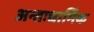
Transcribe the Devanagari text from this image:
अन्तःधार्मिक